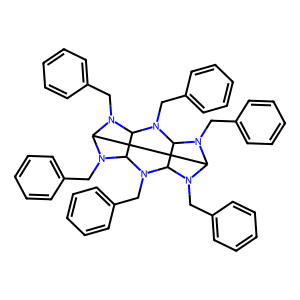
SMILES: c1ccc(CN2C3C4N(Cc5ccccc5)C2C2N(Cc5ccccc5)C(C(N2Cc2ccccc2)N4Cc2ccccc2)N3Cc2ccccc2)cc1
Inhibits HIV replication: No